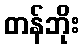
တန်ဘိုး